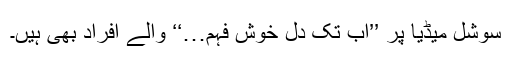
سوشل میڈیا پر ’’اب تک دل خوش فہم…‘‘ والے افراد بھی ہیں۔